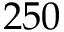
2 5 0